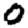
Digit: 0